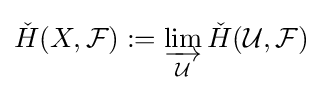
{\check {H}}(X,{\mathcal {F}}):=\varinjlim _{\mathcal {U}}{\check {H}}({\mathcal {U}},{\mathcal {F}})